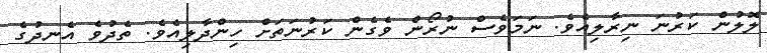
ލޮލުން ކަރުނަ ނިރާލިއެވެ. ނަމަވެސް ނުރޯން ވެގެން ކަރުނަތަށް ހިންދާލިއެވެ. ތެދުވެ އެނދުގެ